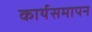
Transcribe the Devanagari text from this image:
कार्यसमापन